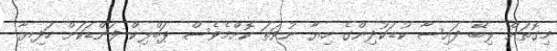
މިގޮތަށް ލިބޭ ފައިސާ ކުޑަކުދިންގެ ހިޔާ ނުވަތަ ކޮށްމެވެސް ޕަބްލިކް ފަންޑަކަށް ހަދިޔާ